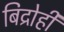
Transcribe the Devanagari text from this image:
बिद्रोही